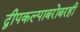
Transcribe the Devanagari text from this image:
द्वीपकल्पाबरोबरही